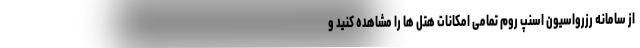
از سامانه رزرواسیون اسنپ روم تمامی امکانات هتل ها را مشاهده کنید و